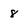
Character: 8